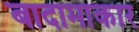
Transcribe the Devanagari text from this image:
बादामाकार